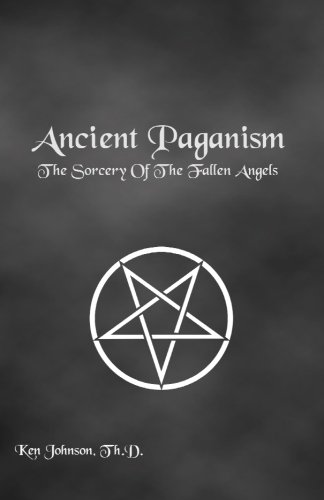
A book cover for Ancient Paganism: The Sorcery of the Fallen Angels; Ken Johnson; Religion & Spirituality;